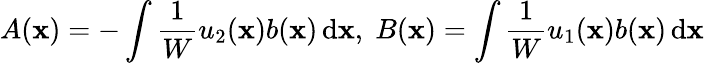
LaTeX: A(\mathbf{x})=-\int{\frac{{1}}{{W}}}u_{2}(\mathbf{x})b(\mathbf{x})\, \mathrm{{d}}\mathbf{x},\; B(\mathbf{x})=\int{\frac{{1}}{{W}}}u_{1}(\mathbf{x})b(\mathbf{x})\, \mathrm{{d}}\mathbf{x}